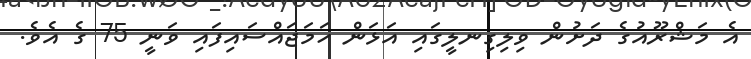
އެ މަޝްރޫއުގެ ދަށުން ވިލިގިނލީގައި އަޅަން ހަމަޖައްސައިފައި ވަނީ 75 ގެ އެވެ.